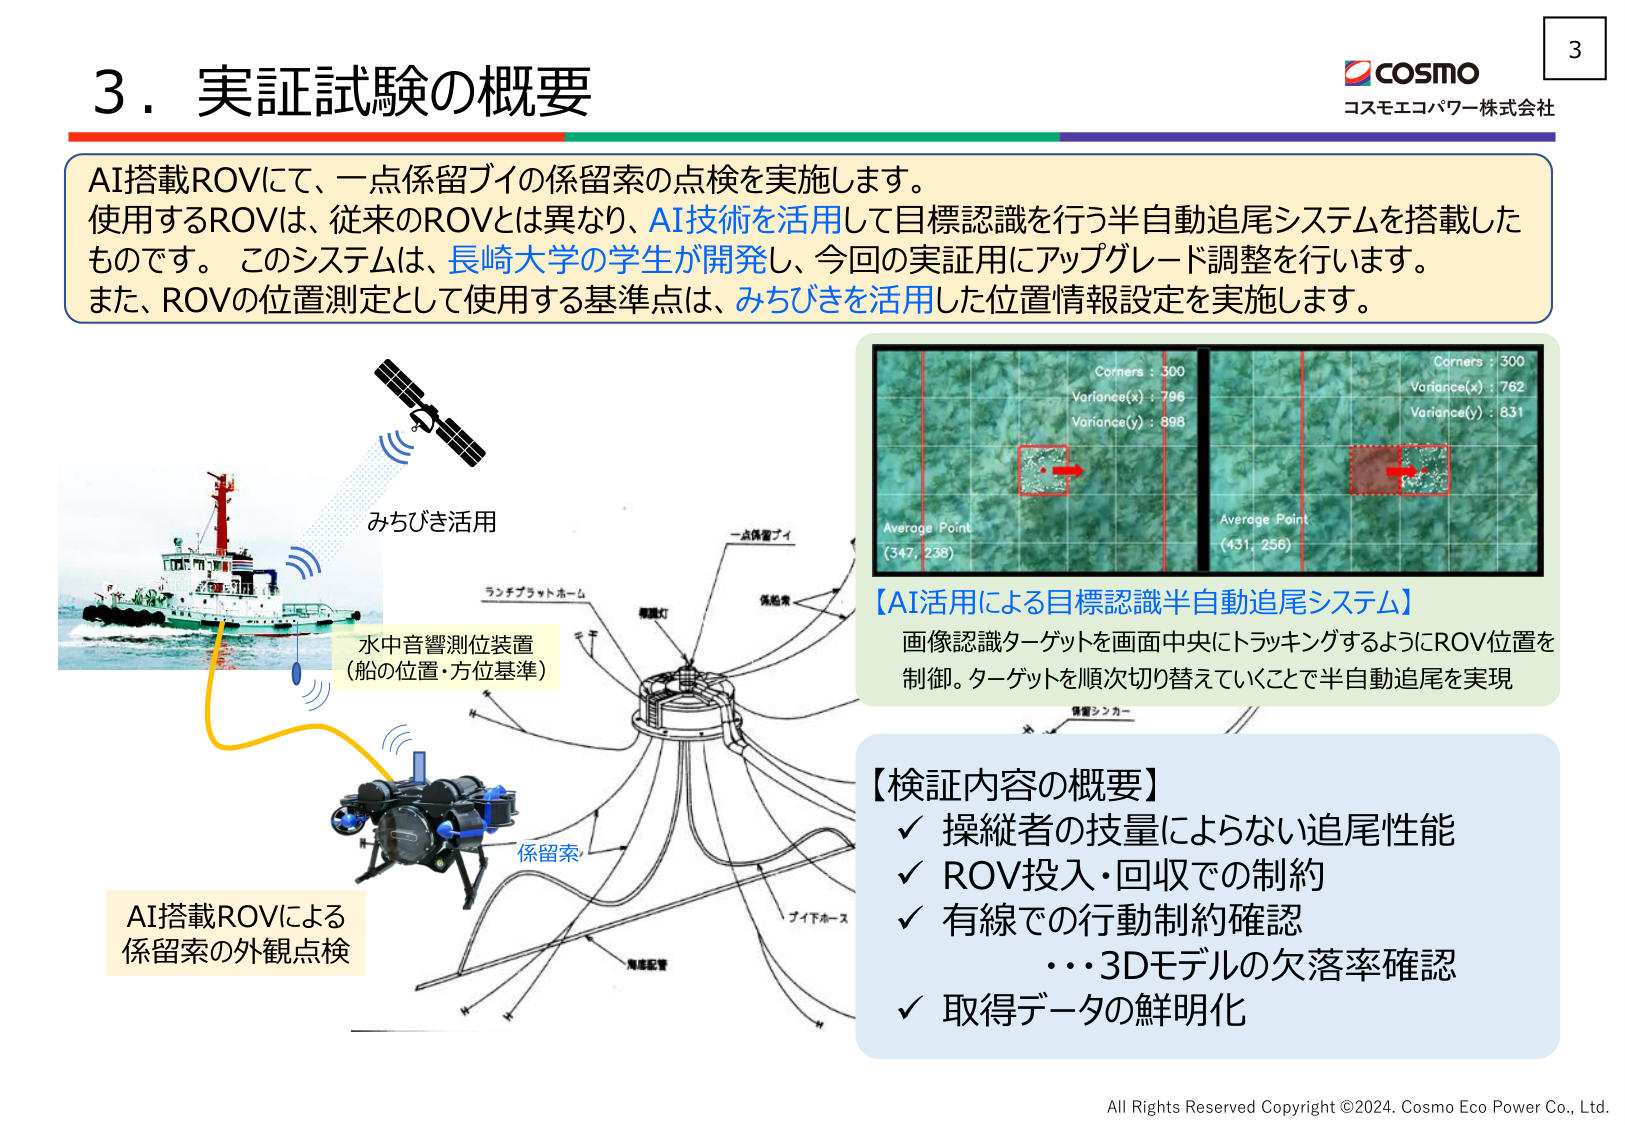
3．実証試験の概要

AI搭載ROVにて、一点係留ブイの係留索の点検を実施します。
使用するROVは、従来のROVとは異なり、AI技術を活用して目標認識を行う半自動追尾システムを搭載したものです。このシステムは、長崎大学の学生が開発し、今回の実証用にアップグレード調整を行います。
また、ROVの位置測定として使用する基準点は、みちびきを活用した位置情報設定を実施します。

みちびき活用
水中音響測位装置
（船の位置・方位基準）

AI搭載ROVによる
係留索の外観点検

Corners : 300
Variance(x) : 796
Variance(y) : 898
Average Point
(347, 238)

Corners : 300
Variance(x) : 762
Variance(y) : 831
Average Point
(431, 256)

【AI活用による目標認識半自動追尾システム】
画像認識ターゲットを画面中央にトラッキングするようにROV位置を制御。ターゲットを順次切り替えていくことで半自動追尾を実現

【検証内容の概要】
✓ 操縦者の技量によらない追尾性能
✓ ROV投入・回収での制約
✓ 有線での行動制約確認
　　・・・3Dモデルの欠落率確認
✓ 取得データの鮮明化

COSMO
コスモエコパワー株式会社

All Rights Reserved Copyright ©2024. Cosmo Eco Power Co., Ltd.